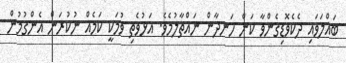
ބައްލަވައި ދެކެވޮޑިގެންވާ ކަން ހަނދާން ނައްތާލުމެވެ. އަޅުވެތި ވުމަކީ ކަމެއް ނުކުރަން އެންގުމުން